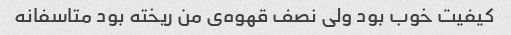
کیفیت خوب بود ولی نصف قهوه‌ی من ریخته بود متاسفانه